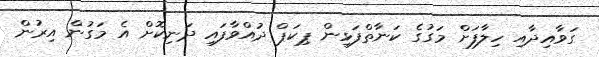
ގަވާއިދާއި ހިލާފަށް މަގުގެ ކަނާތްފަޅިން ޕިކަޕް ދުއްވާފައި ދަނިކޮށް އެ މަގުން އިރުން